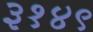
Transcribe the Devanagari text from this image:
३१४९